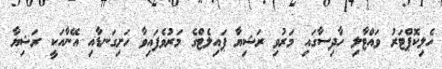
ހެލިކޮޕްޓަރު ވައްޓާލި ހާދިސާގައި މަރުވި ރަޝިޔާ ޕައިލެޓްގެ މަރުވެފައިވާ ހަށިގަނޑާއި އޭނާއަކީ ރަޝިޔާ